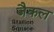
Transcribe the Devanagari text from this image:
जैकल